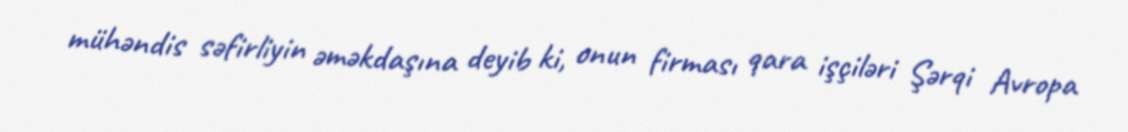
mühəndis səfirliyin əməkdaşına deyib ki, onun firması qara işçiləri Şərqi Avropa